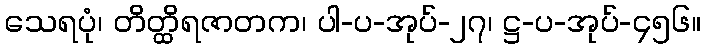
သေရပုံ၊ တိတ္ထိရဇာတက၊ ပါ-ပ-အုပ်-၂၇၊ ဋ္ဌ-ပ-အုပ်-၄၅၆။